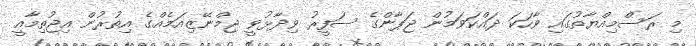
މި ރަސްމިއްޔާތުގައި ވާހަކަ ދައްކަވަމުން ޖަޕާންގެ ސަފީރު ވިދާޅުވީ ޖިމްނޭޒިއަމެއްގެ އިތުރުން އިޖުތިމާއީ